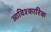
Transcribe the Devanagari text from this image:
आविश्कारिक